Report of the Municipal Commissioner on the plague in Bombay for the year ending 31st May... - Volume 2
Disease focus: Plague
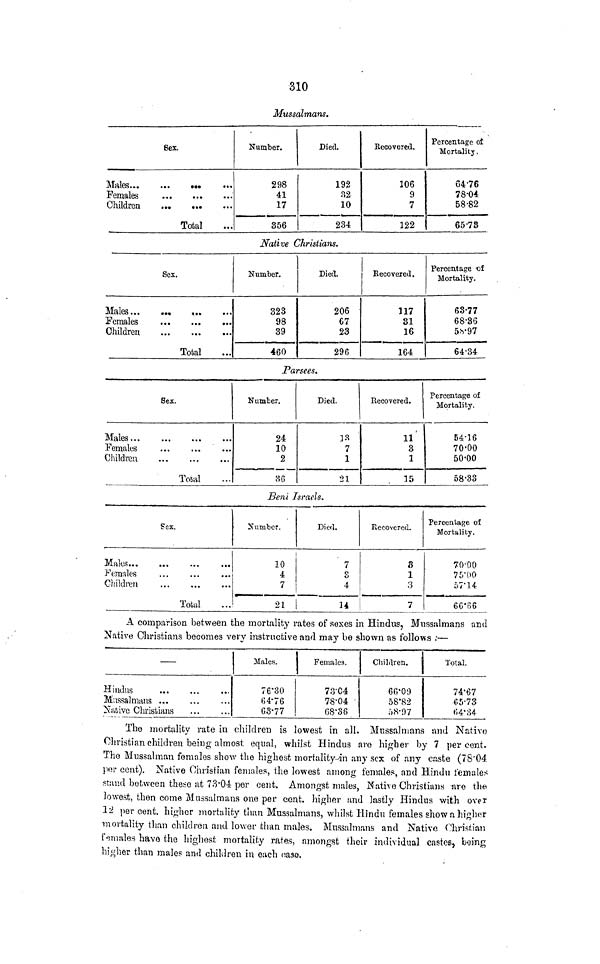
310
Mussalmans.
6ex.
Females
...
...
...
Children
...
...
Total
Number.
298
41
17
356
Died.
192
32
10
234
Becovered.
106
9
7
122
Percentage of
Mortality,
6476
78-04
58-82
65-78
Native Christians.
Sex.
Males...
...
...
...
Females
Children
Total
Number.
323
98
39
460
Died.
206
67
23
296
Eecovered.
117
31
16
164
Percentage 'of
Mortality.
63-77
68-36
5h'97
64-34
Parsees.
Sex.
Males...
Females
Children
Tosal
Number.
24
10
2
86
Died.
]3
7
1
21
Eecovered.
11
3
1
15
Percentage of
Mortality.
54-16
70-00
50-00
58-33
Beni Israels.
Sex.
Males
Females
Children
Total
Number.
10
4
7
21
Died.
' 7
o
O
4
U
Eecovered.
8
1
3
7
Percentage of
Mortality.
70-00
75-00
57*14
6C-66
A comparison between the mortality rates of sexes in Hindus, Mussalmans and
Native Christians becomes very instructive and may be shown as follows :—
—
Hindus
Mussalmans ...
Native Christians
Males.
76*30
ti4-76
63-77
Females.
73-04
78*04
08-38
Children.
66*09
58'82
:>8-97
Total.
74'67
05-73
ti4'o4-
The mortality rate in children is lowest in all. Mussulmans and Native
Christian children being almost equal, whilst Hindus arc higher by 7 per cent.
The Mussalman females show the highest mortality^ any sex of any caste (7S'04.
per cent). Native Christian females, the lowest among female?, and Hindu females
stand between these at 73-04 per cent. Amongst males, Nathe Christians are the
lowest, then come Mussulmans one per cent, higher and lastly Hindus with over
12 per cent, higher mortality than Mussalmans, whilst Hindu females show a higher
mortality than children and lower than males. Mussalmans and Native Christian
females have the highest mortality rates, amongst their individual castes, being
higher than males and children in ouch case.